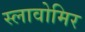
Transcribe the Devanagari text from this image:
स्लावोमिर